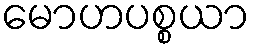
မောဟပစ္စယာ